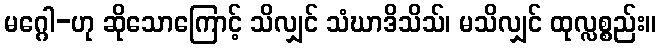
မဂ္ဂေါ-ဟု ဆိုသောကြောင့် သိလျှင် သံဃာဒိသိသ်၊ မသိလျှင် ထုလ္လစ္စည်း။